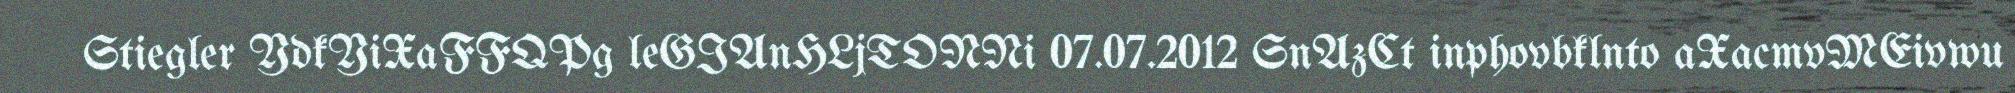
Stiegler YdkYiXaFFQPg leGIAnHLjTONNi 07.07.2012 SnAzCt inphovbklnto aXacmvMEivwu